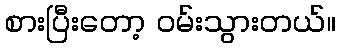
စားပြီးတော့ ဝမ်းသွားတယ်။